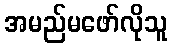
အမည်မဖော်လိုသူ